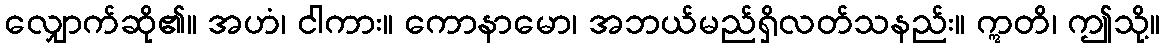
လျှောက်ဆို၏။ အဟံ၊ ငါကား။ ကောနာမော၊ အဘယ်မည်ရှိလတ်သနည်း။ ဣတိ၊ ဤသို့။